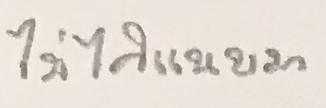
ไม่ได้แนบมา